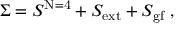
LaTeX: \Sigma = S ^ { \mathrm { N = 4 } } + S _ { \mathrm { e x t } } + S _ { \mathrm { g f } } \, \, ,